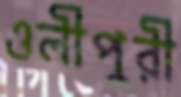
ওলীপুরী